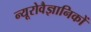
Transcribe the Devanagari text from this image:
न्यूरोवैज्ञानिकों